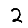
Digit: 2